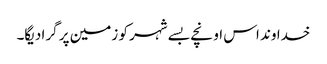
خدا وند اس اونچے بسے شہر کو زمین پر گرا دیگا۔